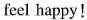
feel happy!